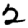
Digit: 2